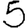
Digit: 5